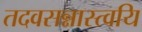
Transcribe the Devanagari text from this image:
तदवसन्नास्त्वयि